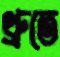
থ্রুতে